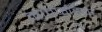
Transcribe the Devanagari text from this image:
कातफोडया